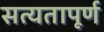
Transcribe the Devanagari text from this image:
सत्यतापूर्ण